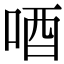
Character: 唒